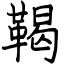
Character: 鞨